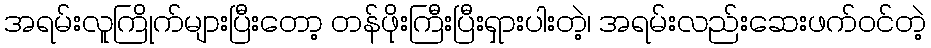
အရမ်းလူကြိုက်များပြီးတော့ တန်ဖိုးကြီးပြီးရှားပါးတဲ့၊ အရမ်းလည်းဆေးဖက်ဝင်တဲ့